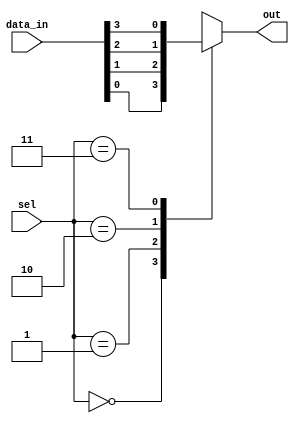
module mux4to1(input [3:0] data_in, input [1:0] sel, output reg out);

always @(*) begin
    case(sel)
        2'b00: out = data_in[0];
        2'b01: out = data_in[1];
        2'b10: out = data_in[2];
        2'b11: out = data_in[3];
        default: out = 1'bx; //output is undefined if select value is invalid
    endcase
end

endmodule